Civil Veterinary Dept. Assam report 1911-1927 - 1911-1927
Year: 1911
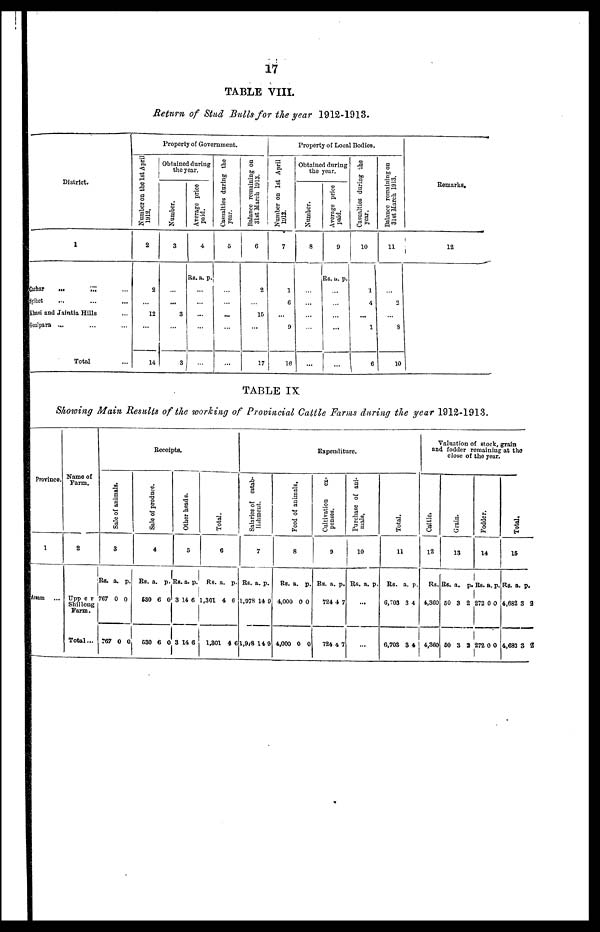
17
TABLE VIII.
Return of Stud Bulls for the year 1912-1913.
District.
1
behar
...
...
...
sylhet ... ... ...
Khasi and Jaintia Hills ...
Golapura ... ... ...
Total
Property of Government.
Number on the 1st April
W12.
2
2
…
12
…
14
Obtained during
the year.
Number.
3
…
...
3
…
3
Average price
paid.
4
RS. a. p.
…
…
...
…
Casualties during the
year.
5
…
…
...
...
... ...
Balance
remaining on
31st March 1913.
6
2
…
15
...
17
Property of Local Bodies.
Number on 1st April
1912.
7
1
6
...
9
16
Obtained during
the year.
Number.
8
…
...
…
…
Average price
paid.
9
Rs. a. p.
…
…
…
…
Casualties during the
year.
10
1
4
...
…
6
Balance
remaining on
31st March 1913.
11
...
2
...
8
10
Remarks.
12
TABLE IX.
Showing Main Results of the working of Provincial Cattle Farms during the year 1912-1913.
Province.
1
Amm ...
Name of
Farm.
2
Upper
Shillong
Fans.
Total ...
Receipts.
Sale of animals.
3
Rs. a. p.
767 0 0
767 0 0
Sale of produce.
4
Rs. a. p.
630 6 0
630 6 0
Other heads.
5
Rs. a. p.
3 14 6
3 14 0
Total.
6
Rs. a. p.
1,301 4 0
1,301 4 6
Expenditure.
Salaries of estab-
lishment.
7
Rs. a. p.
1,978 14 9
1,9/8 14 9
Feed of animals.
8
Rs. a. p.
4,000 0 0
4,000 0 0
Cultivation
ex-
penses.
9
Rs. a. p.
724 4 7
724 4 7
Purchase of ani-
mals.
Rs. a. p.
...
...
Total.
11
Rs. a. p.
6,703 3 4
0,703 3 4
Valuation of stock, grain
and fodder remaining at the
close of the year.
Cattle.
12
Rs.
4,360
4,360
Grain.
13
Rs. a. p.
80 3 2
60 3 2
Fodder.
14
Rs. a. p.
272 0 0
272 0 0
Total.
15
RS. a. p.
4,632 3 2
4,683 3 2